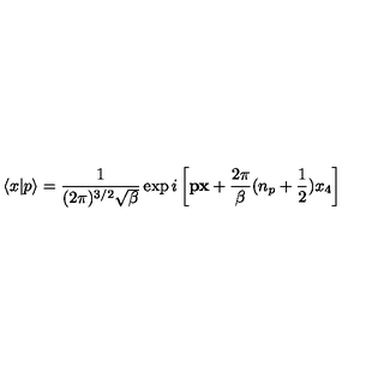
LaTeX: \langle x | p \rangle = \frac 1 { ( 2 \pi ) ^ { 3 / 2 } \sqrt { \beta } } \exp i \left[ { \bf p x } + \frac { 2 \pi } { \beta } ( n _ { p } + \frac 1 2 ) x _ { 4 } \right]